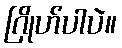
ဂြိုဟ်ပါပဲ။